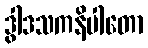
ဒွါဒသကနိပါတော